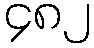
၄၈၂